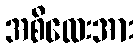
အစိလေးအား